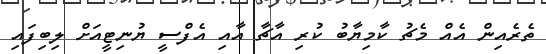
ތެރެއިން އެއް މެޗު ކާމިޔާބު ކުރި އާޗާ އާއި އެފްސީ ޔުނިޓީއަށް ލިބިފައި